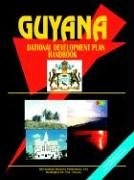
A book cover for Guyana National Development Strategy Handbook; Ibp Usa; Travel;